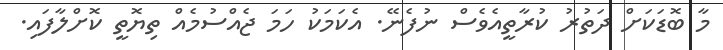
މާ ބޮޑަކަށް ދަތުރު ކުރާތީއެވެސް ނުފެނޭ. އެކަމަކު ހަމަ ޖެއްސުމެއް ތިޔޮތީ ކޮށްލާފައި.